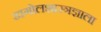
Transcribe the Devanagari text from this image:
खगोलशास्त्रज्ञाला